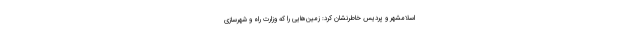
اسلامشهر و پردیس خاطرنشان کرد: زمین‌هایی را که وزارت راه و شهرسازی